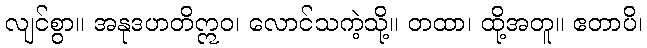
လျင်စွာ။ အနုဒဟတိဣဝ၊ လောင်သကဲ့သို့။ တထာ၊ ထို့အတူ။ ဧတာပိ၊